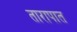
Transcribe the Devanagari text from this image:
तारापात